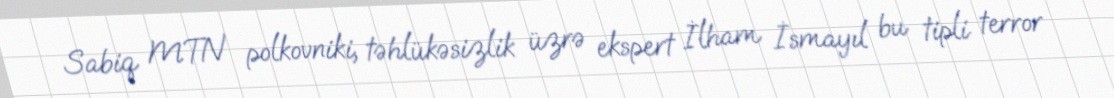
Sabiq MTN polkovniki, təhlükəsizlik üzrə ekspert İlham İsmayıl bu tipli terror